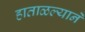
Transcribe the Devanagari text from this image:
हाताळल्याने